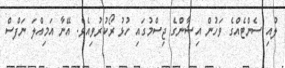
ލުއި ސެންޓެއްގެ ވަހުން އިޝާންގެ ޖިސްމުގައި ހުޅު ރޯކުރުވިއެވެ. އޭނާ އަމިއްލަ ނަފްސް